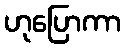
ဟုပြောကာ